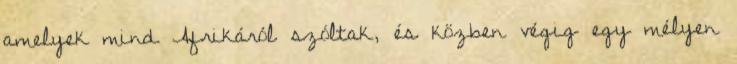
amelyek mind Afrikáról szóltak, és közben végig egy mélyen